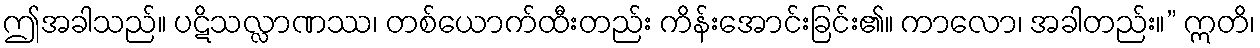
ဤအခါသည်။ ပဋိသလ္လာဏဿ၊ တစ်ယောက်ထီးတည်း ကိန်းအောင်းခြင်း၏။ ကာလော၊ အခါတည်း။” ဣတိ၊